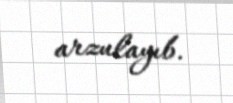
arzulayıb.